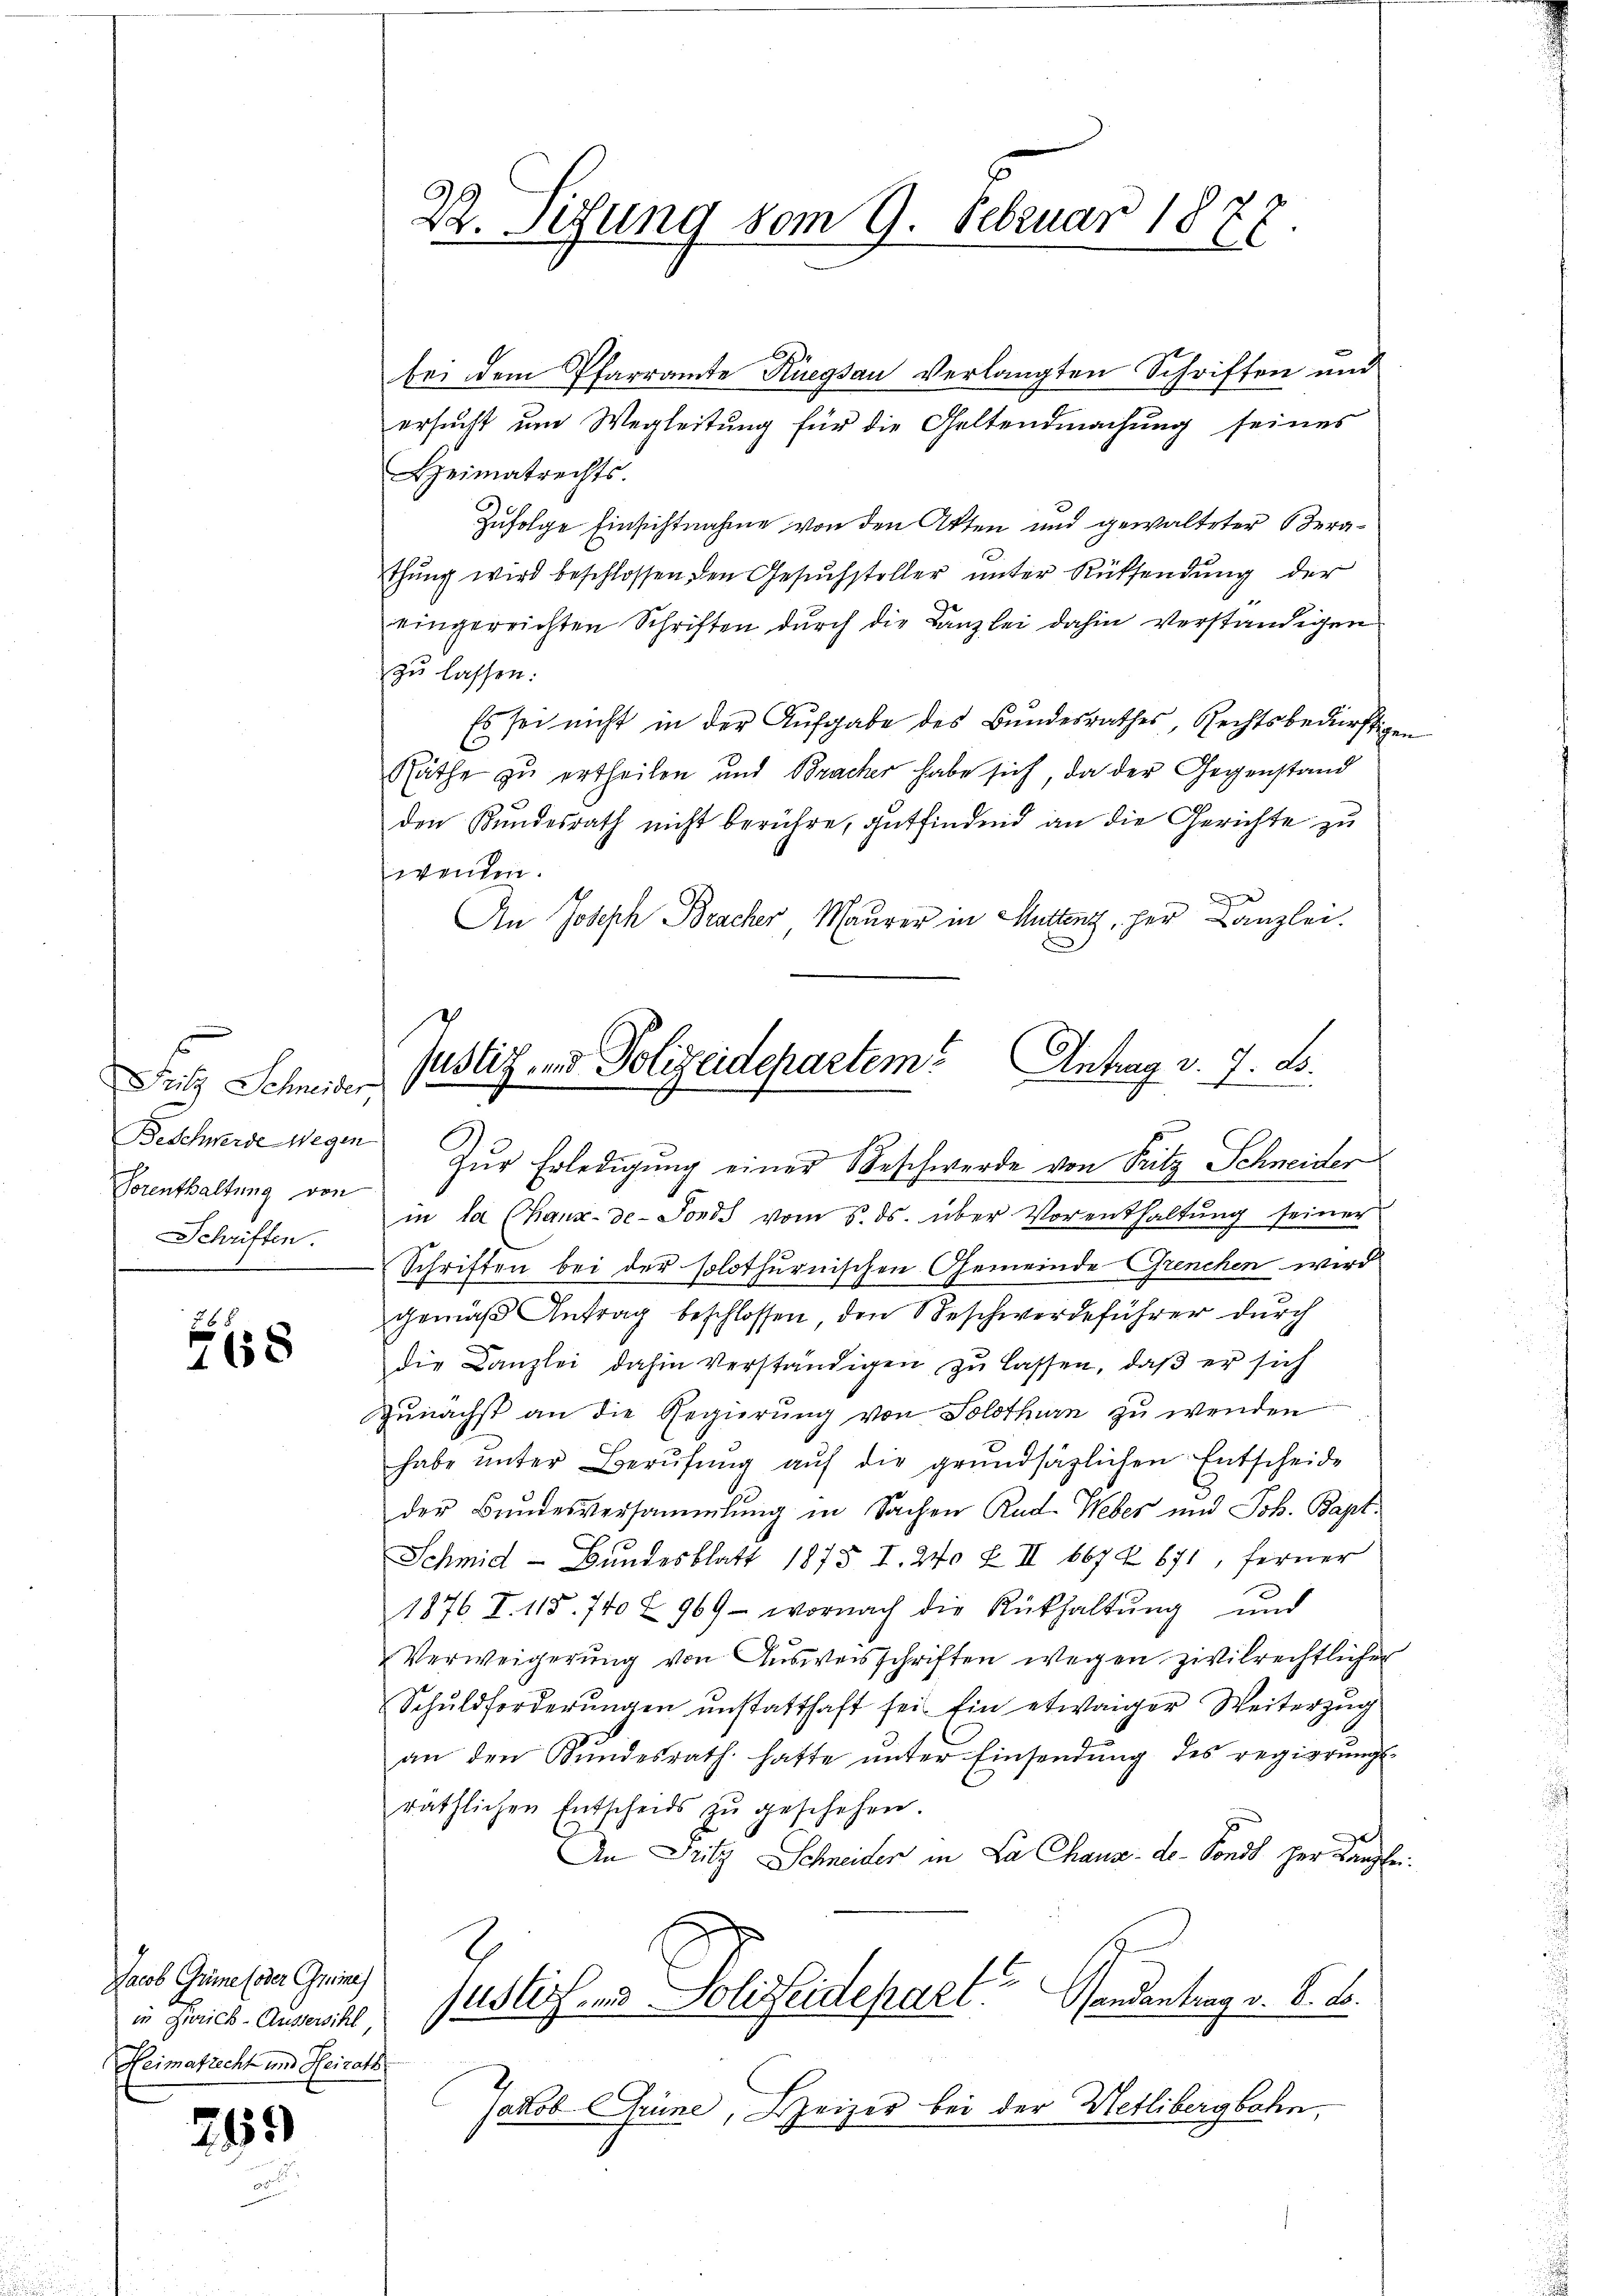
Sutz Schneider
Beschwerde Wegen
Vorenthaltung von
Schriften.

8

Jacob Grüne (oder Gries
in Zürich-Äussersihl,
Heimatrecht und Heirath

265

2. Sedung vom 9. Februar 1878.

bei dem Pfarramte Rüegsau verlangten Schriften und
ersucht um Wegleitung für die Geltendmachung seines
Heimatrechts
Zufolge Einsichtnahme von den Akten und gewalteter Berathŭng wird beschlossen den Gesŭchsteller ŭnter Rücksendŭng der
eingereichten Schriften durch die Kanzlei dahin verständigen
zu lassen:
Es sei nicht in der Aufgabe des Bundesrathes, Rechtsbedürftigen
Räthe zu ertheilen und Bracher habe sich, da der Gegenstand
den Kundesrath nicht berühre, gutfindend an die Gerichte zu
wenden.

An Joseph Bracher Maurer in Mitten, per Canzlei.
in la Chaux-de-Fonds vom 5. ds. über Vorenthaltŭng seiner
Schriften bei der solothurnischen Gemeinde Grenchen wird
gemäß Antrag beschlossen, den Beschwerdeführer durch
die Canzlei dahin verständigen zŭ lassen, daβ er sich
zunächst an die Regierung von Solothurn zu wenden
habe ŭnter Berŭfŭng aŭf die grundsätzlichen Entscheide
der Bundesversammlung in Sachen Rud. Weber und Joh. Bapt
Schmid - Bundesblatt 1875 I. 240 Z II 667 x 671, ferner
1876 I. 115. 740 f 969 - wornach die Rükhaltung und
Verweigerung von Ausweisschriften wegen zivilrechtlicher
Schuldforderŭngen unstatthaft sei. Ein etwaiger Weiterzug
an den Bŭndesrath hatte ŭnter Einsendŭng des regierŭngs-
räthlichen Entscheids zŭ geschehen.
An Fritz Schneider in La Chaux-de-Fonds her Kanzlei
1
justiz- und Polizeidepart Handantrag v. 8. d.
Jakob Grüne, Heizer bei der Metlibergbahn,

Justiz- und Polizeidepartem Antrag v. J. B.
Zur Erledigung einer Beschwerde von Fritz Schneider